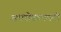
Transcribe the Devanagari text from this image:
अधरोष्ठवनमनी